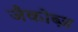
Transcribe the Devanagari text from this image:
जैकोब्ज़